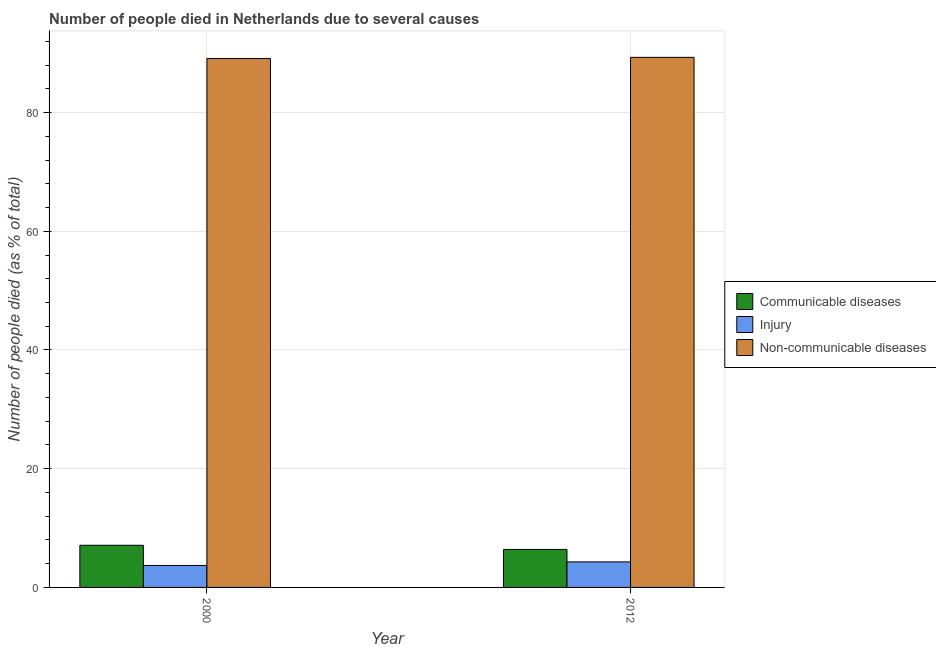
| Year | Communicable diseases | Injury | Non-communicable diseases |
 | --- | --- | --- | --- |
 | 2000 | 7.1 | 3.7 | 89.1 |
 | 2012 | 6.4 | 4.3 | 89.3 |